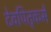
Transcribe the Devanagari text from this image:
देवपितृकर्मे